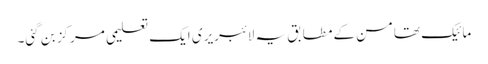
مائیک تھامسن کے مطابق یہ لائبریری ایک تعلیمی مرکز بن گئی۔